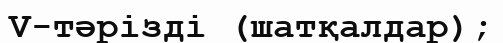
V-тәрізді (шатқалдар);